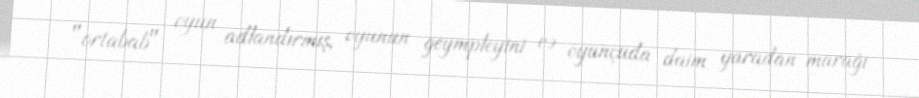
"ortabab" oyun adlandırmış, oyunun geympleyini və oyunçuda daim yaradan marağı